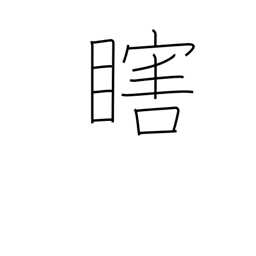
Meaning: one eye